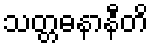
သတ္တဓနာနီတိ